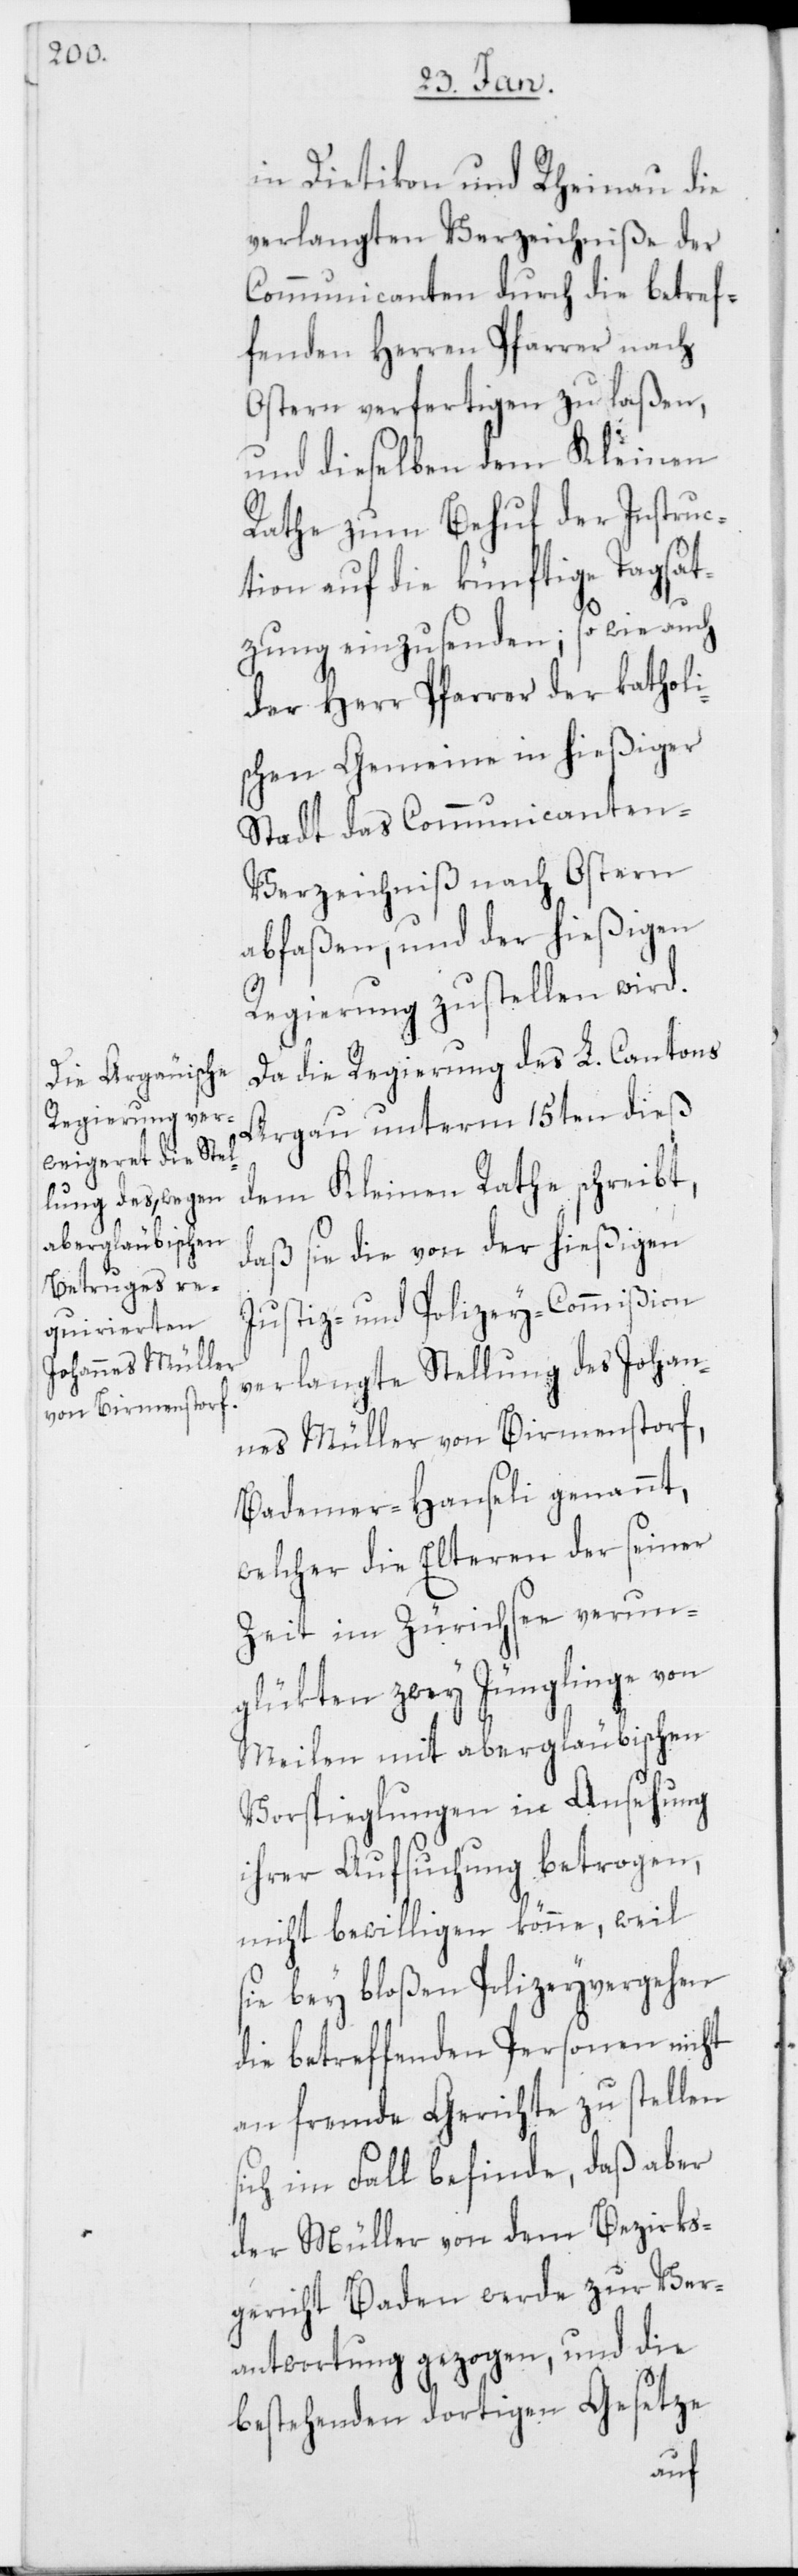
in Dietikon und Rheinau die
verlangten Verzeichniße der
Communicanten durch die betref¬
fenden Herren Pfarrer nach
Ostern verfertigen zu laßen,
und dieselben dem Kleinen
Rathe zum Behuf der Instruc¬
tion auf die künftige Tagsat¬
zung einzusenden; so wie auch
der Herr Pfarrer der katholi¬
schen Gemeine in hießiger
Stadt das Communicante¬
n-Verzeichniß nach Ostern
abfaßen, und der hießigen
Regierung zustellen wird.
Da die Regierung des L. Cantons
Argau unterm 15ten dieß
dem Kleinen Rathe schreibt,
daß sie die von der hießigen
Justiz- und Polizey-Commißion
verlangte Stellung des Johan¬
nes Müller von Birmenstorf,
Bademer-Hanseli genannt,
welcher die Elteren der seiner
Zeit im Zürichsee verun¬
glükten zwey Jünglinge von
Meilen mit abergläubischen
Vorspieglungen in Ansehung
ihrer Aufsuchung betrogen,
nicht bewilligen könne, weil
sie bey bloßen Polizeyvergehen
die betreffenden Personen nicht
an fremde Gerichte zu stellen
sich im Fall befinde, daß aber
der Müller von dem Bezirks¬
gericht Baden werde zur Ver¬
antwortung gezogen, und die
bestehenden dortigen Gesetze